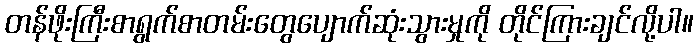
တန်ဖိုးကြီးစာရွက်စာတမ်းတွေပျောက်ဆုံးသွားမှုကို တိုင်ကြားချင်လို့ပါ။